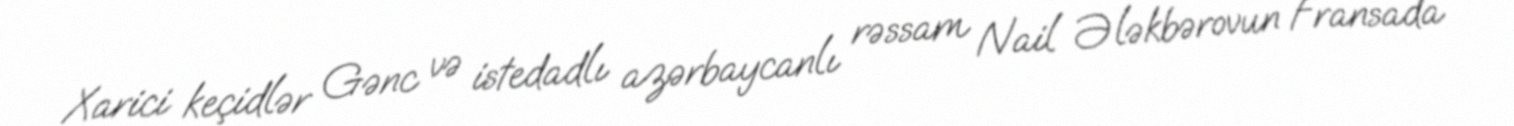
Xarici keçidlər Gənc və istedadlı azərbaycanlı rəssam Nail Ələkbərovun Fransada